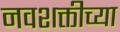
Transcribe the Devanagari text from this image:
नवशक्तीच्या